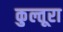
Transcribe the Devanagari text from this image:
कुल्तूरा